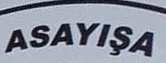
ASAYISA